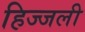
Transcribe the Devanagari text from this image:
हिज्जली